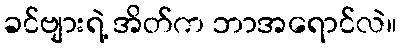
ခင်ဗျားရဲ့ အိတ်က ဘာအရောင်လဲ။